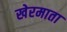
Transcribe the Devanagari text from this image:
खेरमाता